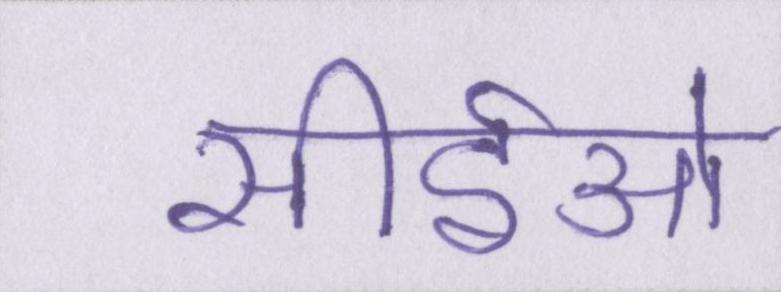
सीईओ